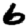
Digit: 6